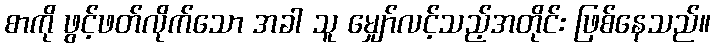
စာကို ဖွင့်ဖတ်လိုက်သော အခါ သူ မျှော်လင့်သည့်အတိုင်း ဖြစ်နေသည်။